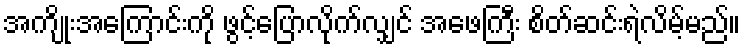
အကျိုးအကြောင်းကို ဖွင့်ပြောလိုက်လျှင် အဖေကြီး စိတ်ဆင်းရဲလိမ့်မည်။